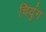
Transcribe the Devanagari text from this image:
चियुंग